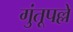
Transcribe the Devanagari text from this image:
गुंतूपल्ले